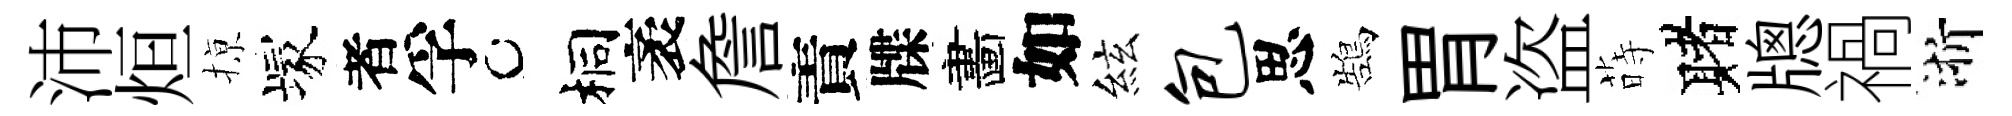
沛烜𢱊塚者孚桐袤詹責牒畵如絃包思鵠胃盗蒔赌牕禍浙